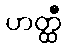
ဟတ္ထီ